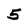
Character: 5